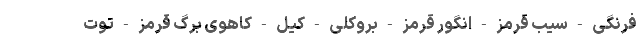
فرنگی - سیب قرمز - انگور قرمز - بروکلی - کیل - کاهوی برگ قرمز - توت